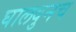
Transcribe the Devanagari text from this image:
घालवुनच